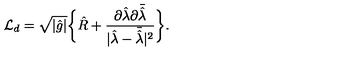
{ \cal L } _ { d } = \sqrt { | \hat { g } | } \bigg \{ { \hat { R } } + { \frac { \partial { \hat { \lambda } } \partial \bar { \hat { \lambda } } } { | { \hat { \lambda } } - \bar { \hat { \lambda } } | ^ { 2 } } } \bigg \} .